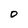
Character: O